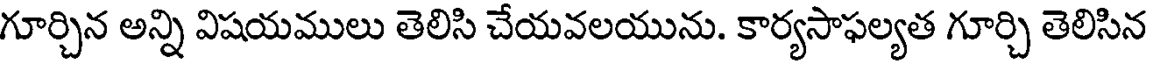
గూర్చిన అన్ని విషయములు తెలిసి చేయవలయును. కార్యసాఫల్యత గూర్చి తెలిసిన